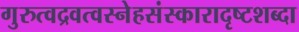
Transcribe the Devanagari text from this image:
गुरुत्वद्रवत्वस्नेहसंस्कारादृष्टशब्दा